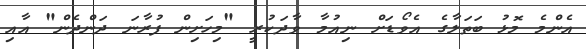
އެންމެ މޮޅު ބަތަލާގެ އެވޯޑަށް ނިއުމާ ވާދަކުރީ "މިހަށިން ފުރާނަ ދަންދެން" އާއި